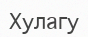
Хулагу